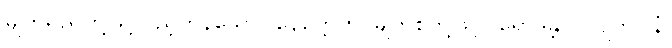
မျက်ရည်တို့ဖြင့်ပြည့်ကုန်သော။ နေတ္တေဟိ၊ မျက်စိတို့ဖြင့်။ ရောဒန္တိ၊ ငိုလျက်။ နံ၊